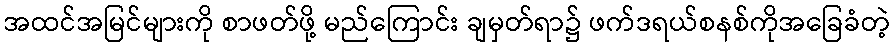
အထင်အမြင်များကို စာဖတ်ဖို့ မည်ကြောင်း ချမှတ်ရာ၌ ဖက်ဒရယ်စနစ်ကိုအခြေခံတဲ့